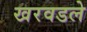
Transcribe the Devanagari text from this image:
खरवडले